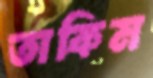
তাকিম